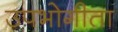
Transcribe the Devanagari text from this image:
उपभोगीता